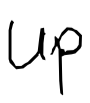
Text: up
Cross-out: clean
Writing tool: digital_black